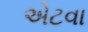
એટવા